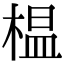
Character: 榅